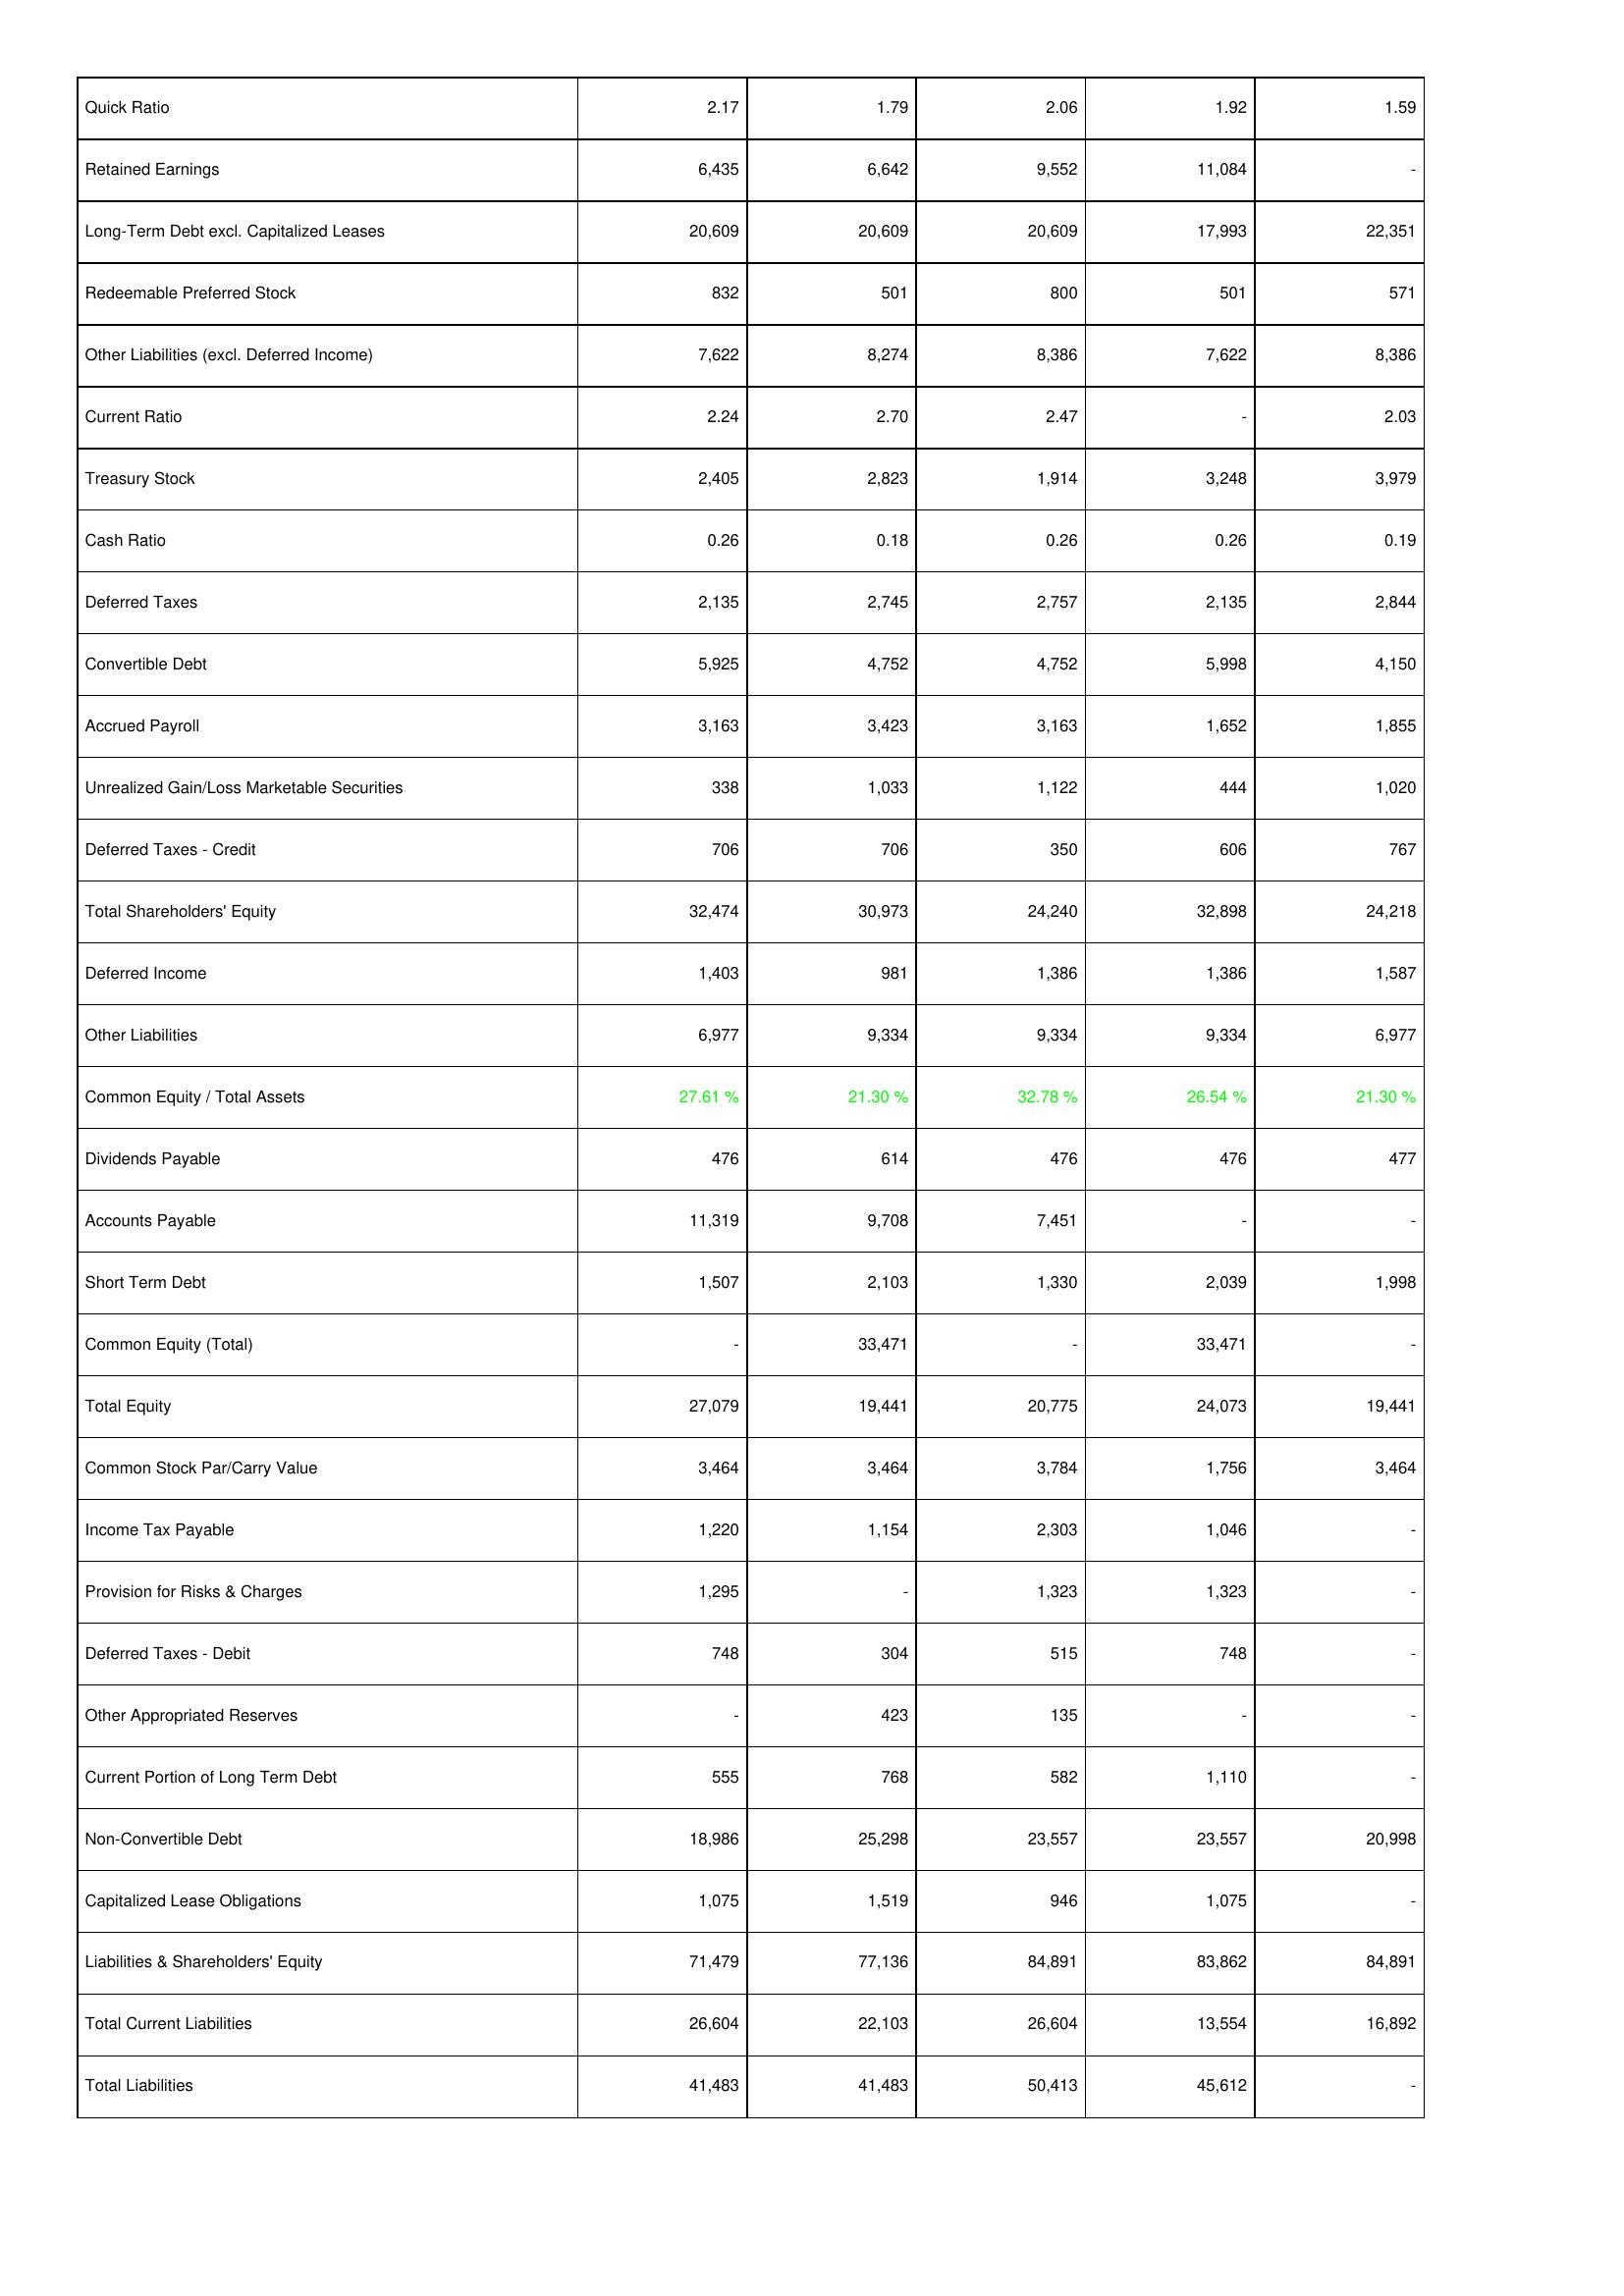
2015: Liabilities & Shareholders' Equity: Quick Ratio: 2.17
Retained Earnings: 6,435
Long-Term Debt excl. Capitalized Leases: 20,609
Redeemable Preferred Stock: 832
Other Liabilities (excl. Deferred Income): 7,622
Current Ratio: 2.24
Treasury Stock: 2,405
Cash Ratio: 0.26
Deferred Taxes: 2,135
Convertible Debt: 5,925
Accrued Payroll: 3,163
Unrealized Gain/Loss Marketable Securities: 338
Deferred Taxes - Credit: 706
Total Shareholders' Equity: 32,474
Deferred Income: 1,403
Other Liabilities: 6,977
Common Equity / Total Assets: 27.61 %
Dividends Payable: 476
Accounts Payable: 11,319
Short Term Debt: 1,507
Common Equity (Total): -
Total Equity: 27,079
Common Stock Par/Carry Value: 3,464
Income Tax Payable: 1,220
Provision for Risks & Charges: 1,295
Deferred Taxes - Debit: 748
Other Appropriated Reserves: -
Current Portion of Long Term Debt: 555
Non-Convertible Debt: 18,986
Capitalized Lease Obligations: 1,075
Liabilities & Shareholders' Equity: 71,479
Total Current Liabilities: 26,604
Total Liabilities: 41,483
2016: Liabilities & Shareholders' Equity: Quick Ratio: 1.79
Retained Earnings: 6,642
Long-Term Debt excl. Capitalized Leases: 20,609
Redeemable Preferred Stock: 501
Other Liabilities (excl. Deferred Income): 8,274
Current Ratio: 2.70
Treasury Stock: 2,823
Cash Ratio: 0.18
Deferred Taxes: 2,745
Convertible Debt: 4,752
Accrued Payroll: 3,423
Unrealized Gain/Loss Marketable Securities: 1,033
Deferred Taxes - Credit: 706
Total Shareholders' Equity: 30,973
Deferred Income: 981
Other Liabilities: 9,334
Common Equity / Total Assets: 21.30 %
Dividends Payable: 614
Accounts Payable: 9,708
Short Term Debt: 2,103
Common Equity (Total): 33,471
Total Equity: 19,441
Common Stock Par/Carry Value: 3,464
Income Tax Payable: 1,154
Provision for Risks & Charges: -
Deferred Taxes - Debit: 304
Other Appropriated Reserves: 423
Current Portion of Long Term Debt: 768
Non-Convertible Debt: 25,298
Capitalized Lease Obligations: 1,519
Liabilities & Shareholders' Equity: 77,136
Total Current Liabilities: 22,103
Total Liabilities: 41,483
2017: Liabilities & Shareholders' Equity: Quick Ratio: 2.06
Retained Earnings: 9,552
Long-Term Debt excl. Capitalized Leases: 20,609
Redeemable Preferred Stock: 800
Other Liabilities (excl. Deferred Income): 8,386
Current Ratio: 2.47
Treasury Stock: 1,914
Cash Ratio: 0.26
Deferred Taxes: 2,757
Convertible Debt: 4,752
Accrued Payroll: 3,163
Unrealized Gain/Loss Marketable Securities: 1,122
Deferred Taxes - Credit: 350
Total Shareholders' Equity: 24,240
Deferred Income: 1,386
Other Liabilities: 9,334
Common Equity / Total Assets: 32.78 %
Dividends Payable: 476
Accounts Payable: 7,451
Short Term Debt: 1,330
Common Equity (Total): -
Total Equity: 20,775
Common Stock Par/Carry Value: 3,784
Income Tax Payable: 2,303
Provision for Risks & Charges: 1,323
Deferred Taxes - Debit: 515
Other Appropriated Reserves: 135
Current Portion of Long Term Debt: 582
Non-Convertible Debt: 23,557
Capitalized Lease Obligations: 946
Liabilities & Shareholders' Equity: 84,891
Total Current Liabilities: 26,604
Total Liabilities: 50,413
2018: Liabilities & Shareholders' Equity: Quick Ratio: 1.92
Retained Earnings: 11,084
Long-Term Debt excl. Capitalized Leases: 17,993
Redeemable Preferred Stock: 501
Other Liabilities (excl. Deferred Income): 7,622
Current Ratio: -
Treasury Stock: 3,248
Cash Ratio: 0.26
Deferred Taxes: 2,135
Convertible Debt: 5,998
Accrued Payroll: 1,652
Unrealized Gain/Loss Marketable Securities: 444
Deferred Taxes - Credit: 606
Total Shareholders' Equity: 32,898
Deferred Income: 1,386
Other Liabilities: 9,334
Common Equity / Total Assets: 26.54 %
Dividends Payable: 476
Accounts Payable: -
Short Term Debt: 2,039
Common Equity (Total): 33,471
Total Equity: 24,073
Common Stock Par/Carry Value: 1,756
Income Tax Payable: 1,046
Provision for Risks & Charges: 1,323
Deferred Taxes - Debit: 748
Other Appropriated Reserves: -
Current Portion of Long Term Debt: 1,110
Non-Convertible Debt: 23,557
Capitalized Lease Obligations: 1,075
Liabilities & Shareholders' Equity: 83,862
Total Current Liabilities: 13,554
Total Liabilities: 45,612
2019: Liabilities & Shareholders' Equity: Quick Ratio: 1.59
Retained Earnings: -
Long-Term Debt excl. Capitalized Leases: 22,351
Redeemable Preferred Stock: 571
Other Liabilities (excl. Deferred Income): 8,386
Current Ratio: 2.03
Treasury Stock: 3,979
Cash Ratio: 0.19
Deferred Taxes: 2,844
Convertible Debt: 4,150
Accrued Payroll: 1,855
Unrealized Gain/Loss Marketable Securities: 1,020
Deferred Taxes - Credit: 767
Total Shareholders' Equity: 24,218
Deferred Income: 1,587
Other Liabilities: 6,977
Common Equity / Total Assets: 21.30 %
Dividends Payable: 477
Accounts Payable: -
Short Term Debt: 1,998
Common Equity (Total): -
Total Equity: 19,441
Common Stock Par/Carry Value: 3,464
Income Tax Payable: -
Provision for Risks & Charges: -
Deferred Taxes - Debit: -
Other Appropriated Reserves: -
Current Portion of Long Term Debt: -
Non-Convertible Debt: 20,998
Capitalized Lease Obligations: -
Liabilities & Shareholders' Equity: 84,891
Total Current Liabilities: 16,892
Total Liabilities: -